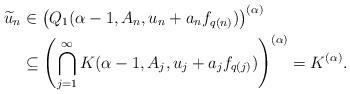
LaTeX: \begin{align*} \widetilde{u}_n &\in \left( Q_1(\alpha-1,A_n,u_n + a_nf_{q(n)}) \right)^{(\alpha)} \\ &\subseteq \left( \bigcap_{j=1}^\infty K(\alpha-1,A_j,u_j + a_jf_{q(j)}) \right)^{(\alpha)} = K^{(\alpha)}. \end{align*}